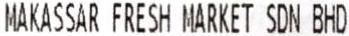
MAKASSAR FRESH MARKET SDN BHD